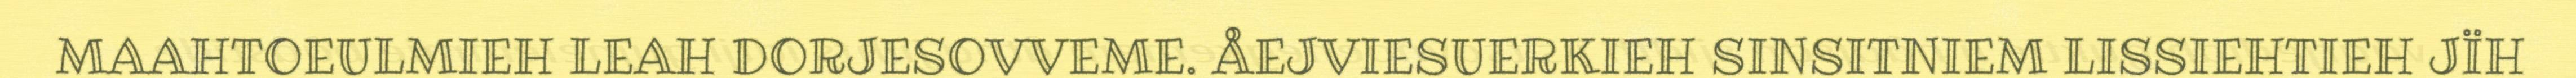
MAAHTOEULMIEH LEAH DORJESOVVEME. ÅEJVIESUERKIEH SINSITNIEM LISSIEHTIEH JÏH